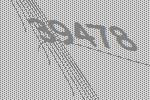
39478